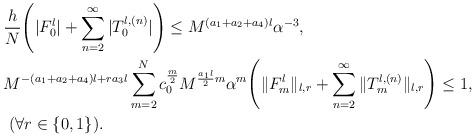
LaTeX: \begin{align*}&\frac{h}{N}\Bigg(|F_0^l|+\sum_{n=2}^{\infty}|T_0^{l,(n)}|\Bigg)\le M^{(a_1+a_2+a_4)l} \alpha^{-3},\\ &M^{-(a_1+a_2+a_4)l+ra_3l}\sum_{m=2}^N c_0^{\frac{m}{2}}M^{\frac{a_1l}{2}m}\alpha^m \Bigg(\|F_m^l\|_{l,r}+\sum_{n=2}^{\infty}\|T_m^{l,(n)}\|_{l,r}\Bigg)\le 1,\\&\ (\forall r\in \{0,1\}).\end{align*}